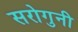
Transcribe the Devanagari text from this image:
सरोगुनी